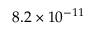
8 . 2 \times 1 0 ^ { - 1 1 }